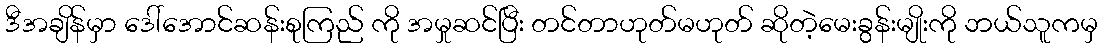
ဒီအချိန်မှာ ဒေါ်အောင်ဆန်းစုကြည် ကို အမှုဆင်ပြီး တင်တာဟုတ်မဟုတ် ဆိုတဲ့မေးခွန်းမျိုးကို ဘယ်သူကမှ